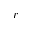
r